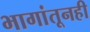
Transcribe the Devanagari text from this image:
भागांतूनही